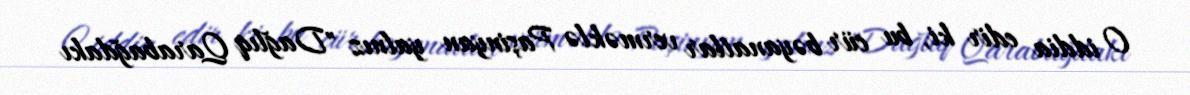
O iddia edir ki, bu cür bəyanatlar verməklə Paşinyan yalnız "Dağlıq Qarabağdakı